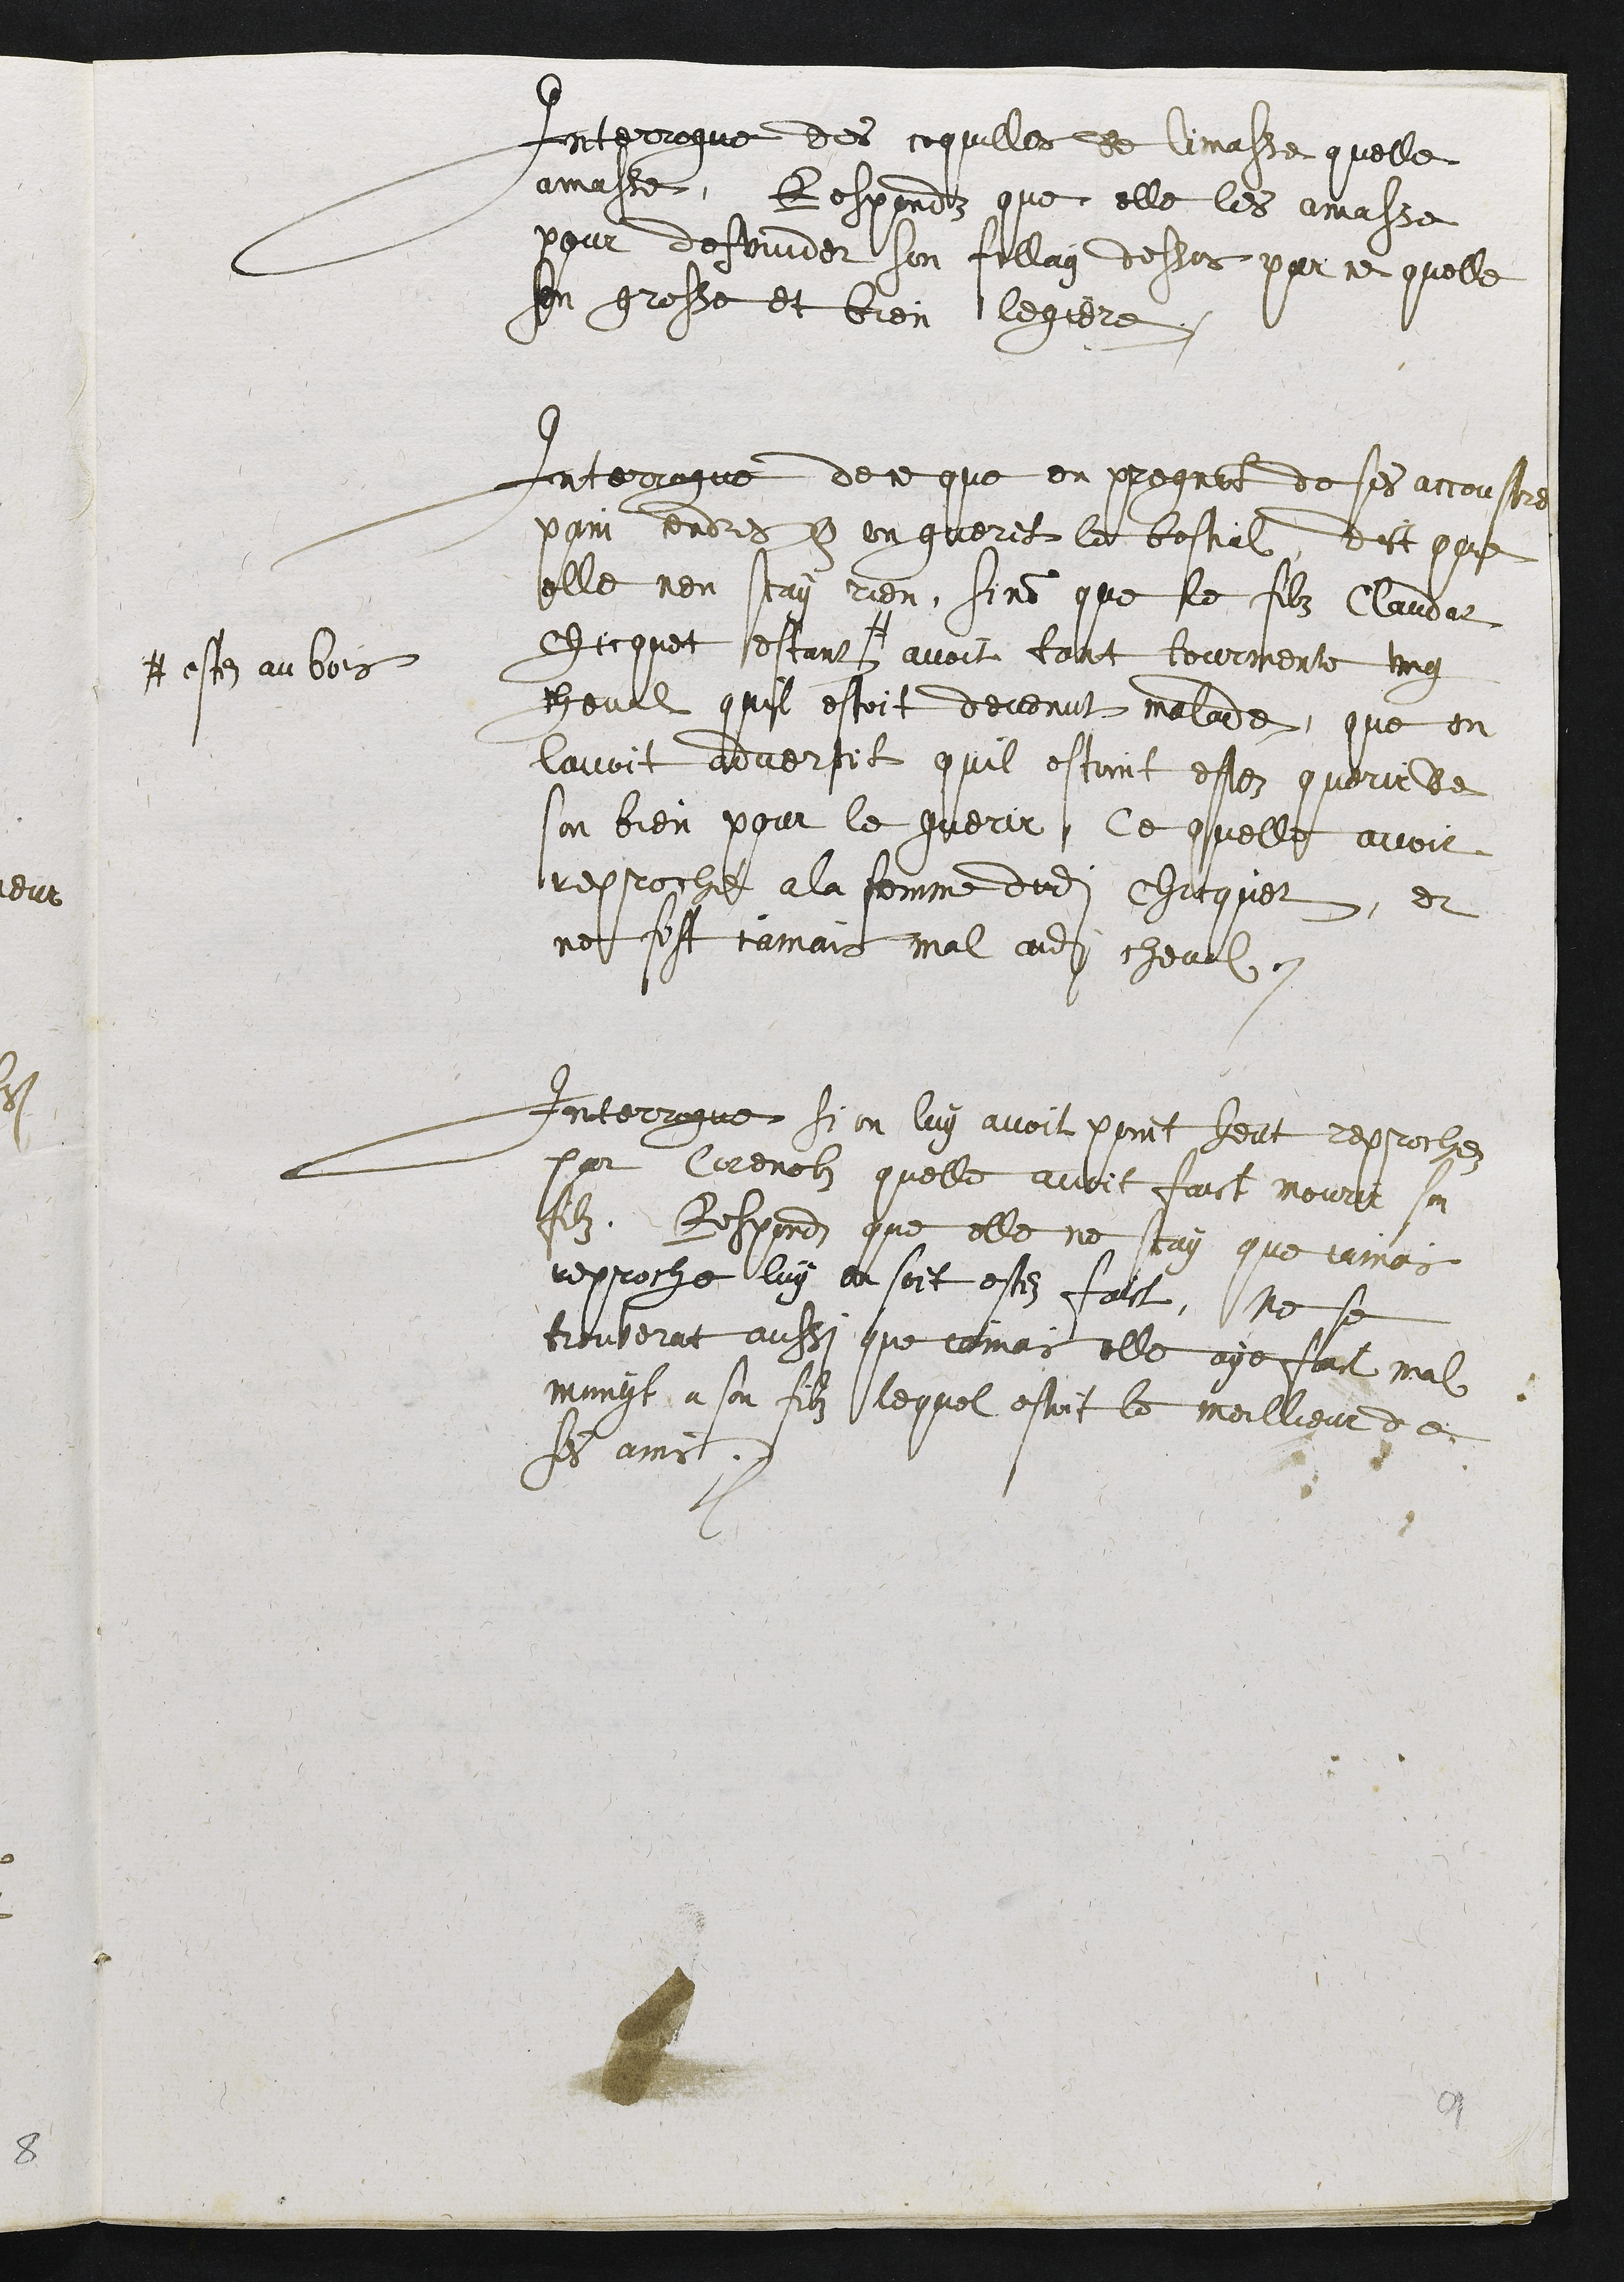
Interrogue des coquilles de limasse quelle
amasse, Respondz que elle les amasse
pour desviuder son fillay dessus par ce quelle
son grosse et bien legiere
Interrogue de ce que on pregn[oi]t de ses accoustre
[] cendres [et] en guerit le bestial, Dict que
elle nen scay rien, sin[on] que le filz Claudaz
Chicquet estant #
# este au bois
avoit tant tourmenté ung
cheval quil estoit devenut malade, que on
lavoit advertit quil estoint este querir de
son bien pour le guerir ce quelle avoit
reproché ala femme dudit Chicquet, et
ne fist iamais mal audit cheval.
Interrogue si on luy avoit point heut reprochez
par Corenolz quelle avoit faict mourir son
filz. Respondz que elle ne scay que iamais
reproche luy en soit estez faict, ne se
trouverat aussi que iamais elle aye faict mal
[m..nyt] a son filz lequel estoit le meilleur de
ses amis.